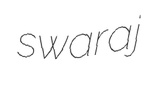
swaraj